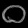
Digit: ၀